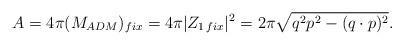
LaTeX: \begin{align*}A=4\pi(M_{ADM})_{fix}=4\pi|Z_{1\,fix}|^2=2\pi\sqrt{q^2 p^2-(q\cdot p)^2}.\end{align*}